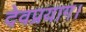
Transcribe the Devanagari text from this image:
देवप्रयाग।